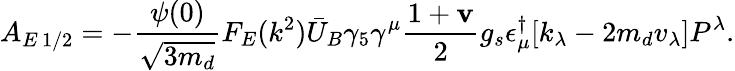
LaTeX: A_{E\, 1/2}=-\frac{\psi(0)}{\sqrt{3m_{d}}}F_{E}(k^{2})\bar{U}_{B}\gamma_{5}\gamma^{\mu}\frac{1+\mathbf{v}}{2}g_{s}\epsilon_{\mu}^{\dagger}[k_{\lambda}-2m_{d}v_{\lambda}]P^{\lambda}.